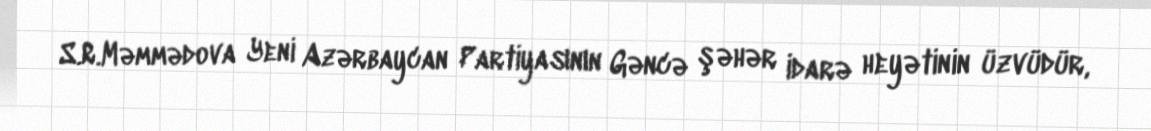
S.R.Məmmədova Yeni Azərbaycan Partiyasının Gəncə şəhər idarə heyətinin üzvüdür,